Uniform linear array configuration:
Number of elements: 48
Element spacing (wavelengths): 0.75
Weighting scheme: exponential
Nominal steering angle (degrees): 15
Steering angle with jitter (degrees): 15.394
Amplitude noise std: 0.05
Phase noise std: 0.05

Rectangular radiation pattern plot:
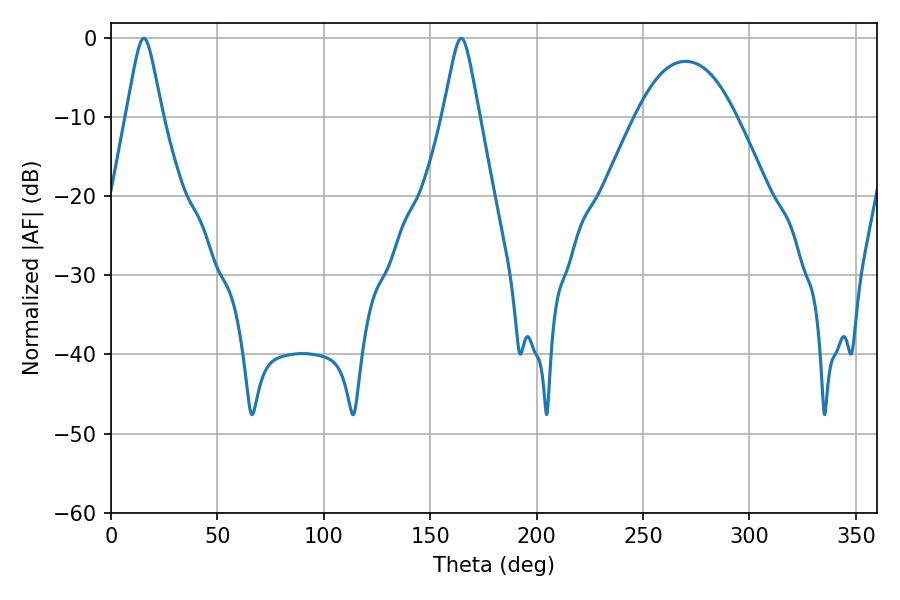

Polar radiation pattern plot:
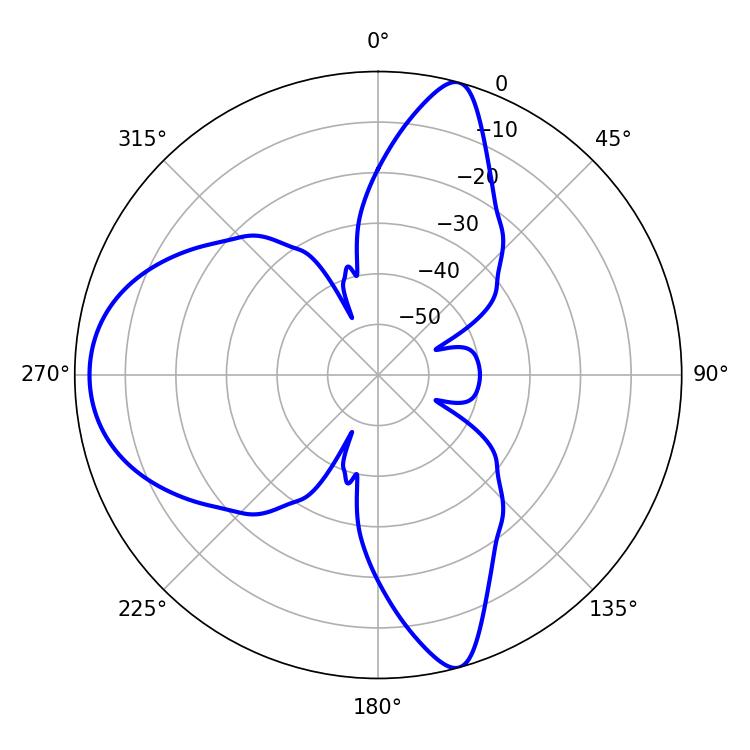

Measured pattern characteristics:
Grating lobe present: TRUE
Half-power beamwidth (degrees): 7.92
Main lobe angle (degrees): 15.48